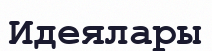
Идеялары